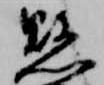
懸